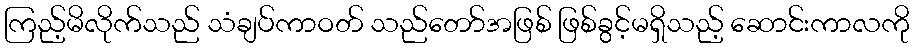
ကြည့်မိလိုက်သည် သံချပ်ကာဝတ် သည်တော်အဖြစ် ဖြစ်ခွင့်မရှိသည့် ဆောင်းကာလကို